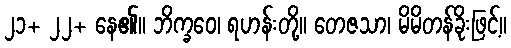
၂၁+ ၂၂+ နေ၏။ ဘိက္ခဝေ၊ ရဟန်းတို့။ တေဇသာ၊ မိမိတန်ခိုးဖြင့်။